画像に写った文字を読んでください
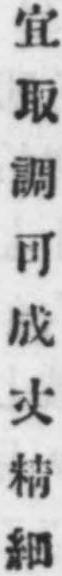
「宜取調可成丈精細」と書いてあります